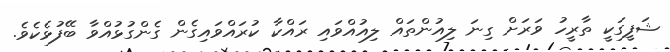
ޝަފީގަކީ ތާރީހު ވަރަށް ގިނަ ލިއުންތައް ލިއުއްވައި ރައްކާ ކުރައްވައިގެން ގެންގުޅުއްވާ ބޭފުޅެކެވެ.